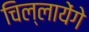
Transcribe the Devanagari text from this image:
चिल्लायेंगे